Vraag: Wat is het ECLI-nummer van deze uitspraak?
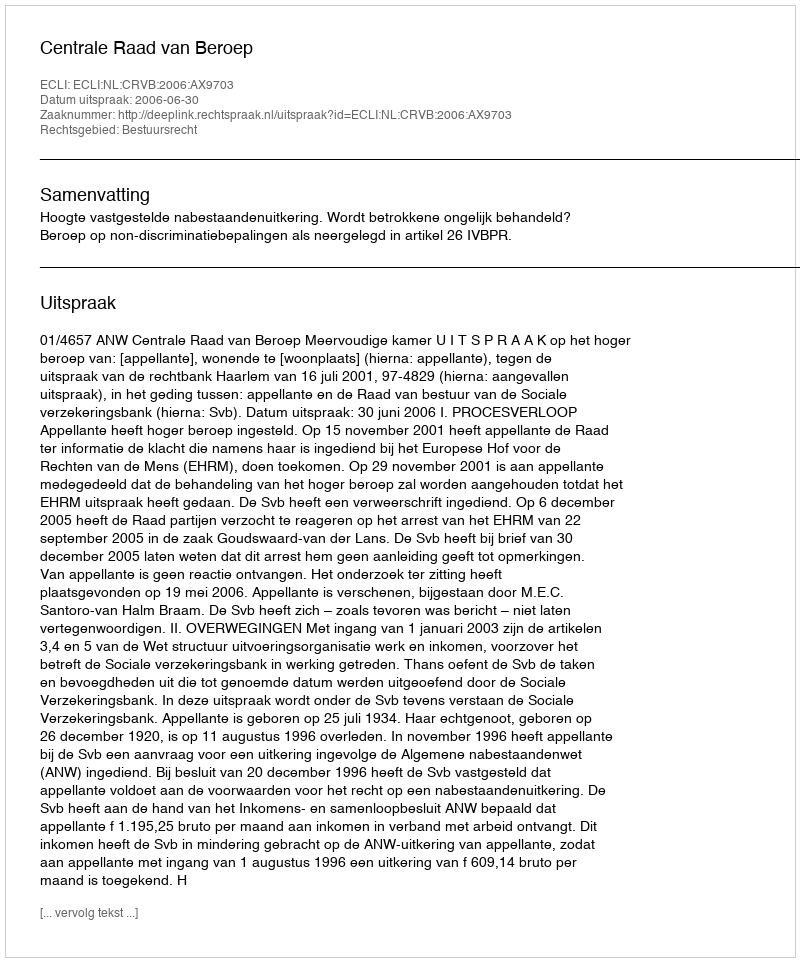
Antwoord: ECLI:NL:CRVB:2006:AX9703